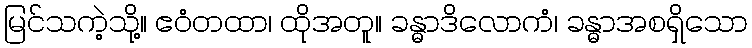
မြင်သကဲ့သို့။ ဧဝံတထာ၊ ထိုအတူ။ ခန္ဓာဒိလောကံ၊ ခန္ဓာအစရှိသော